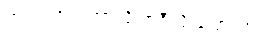
ဟုတ်လား၊ ဘာလို့ အဲဒီလို ပြောတာလဲ